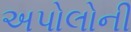
અપોલોની